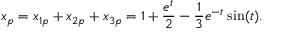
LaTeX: x _ { p } = x _ { 1 p } + x _ { 2 p } + x _ { 3 p } = 1 + { \frac { e ^ { t } } { 2 } } - { \frac { 1 } { 3 } } e ^ { - t } \sin ( t ) .